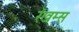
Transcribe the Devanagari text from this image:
रॅखम्स